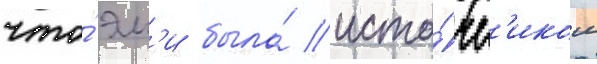
что́ эм'и была́ исто́чн'иком